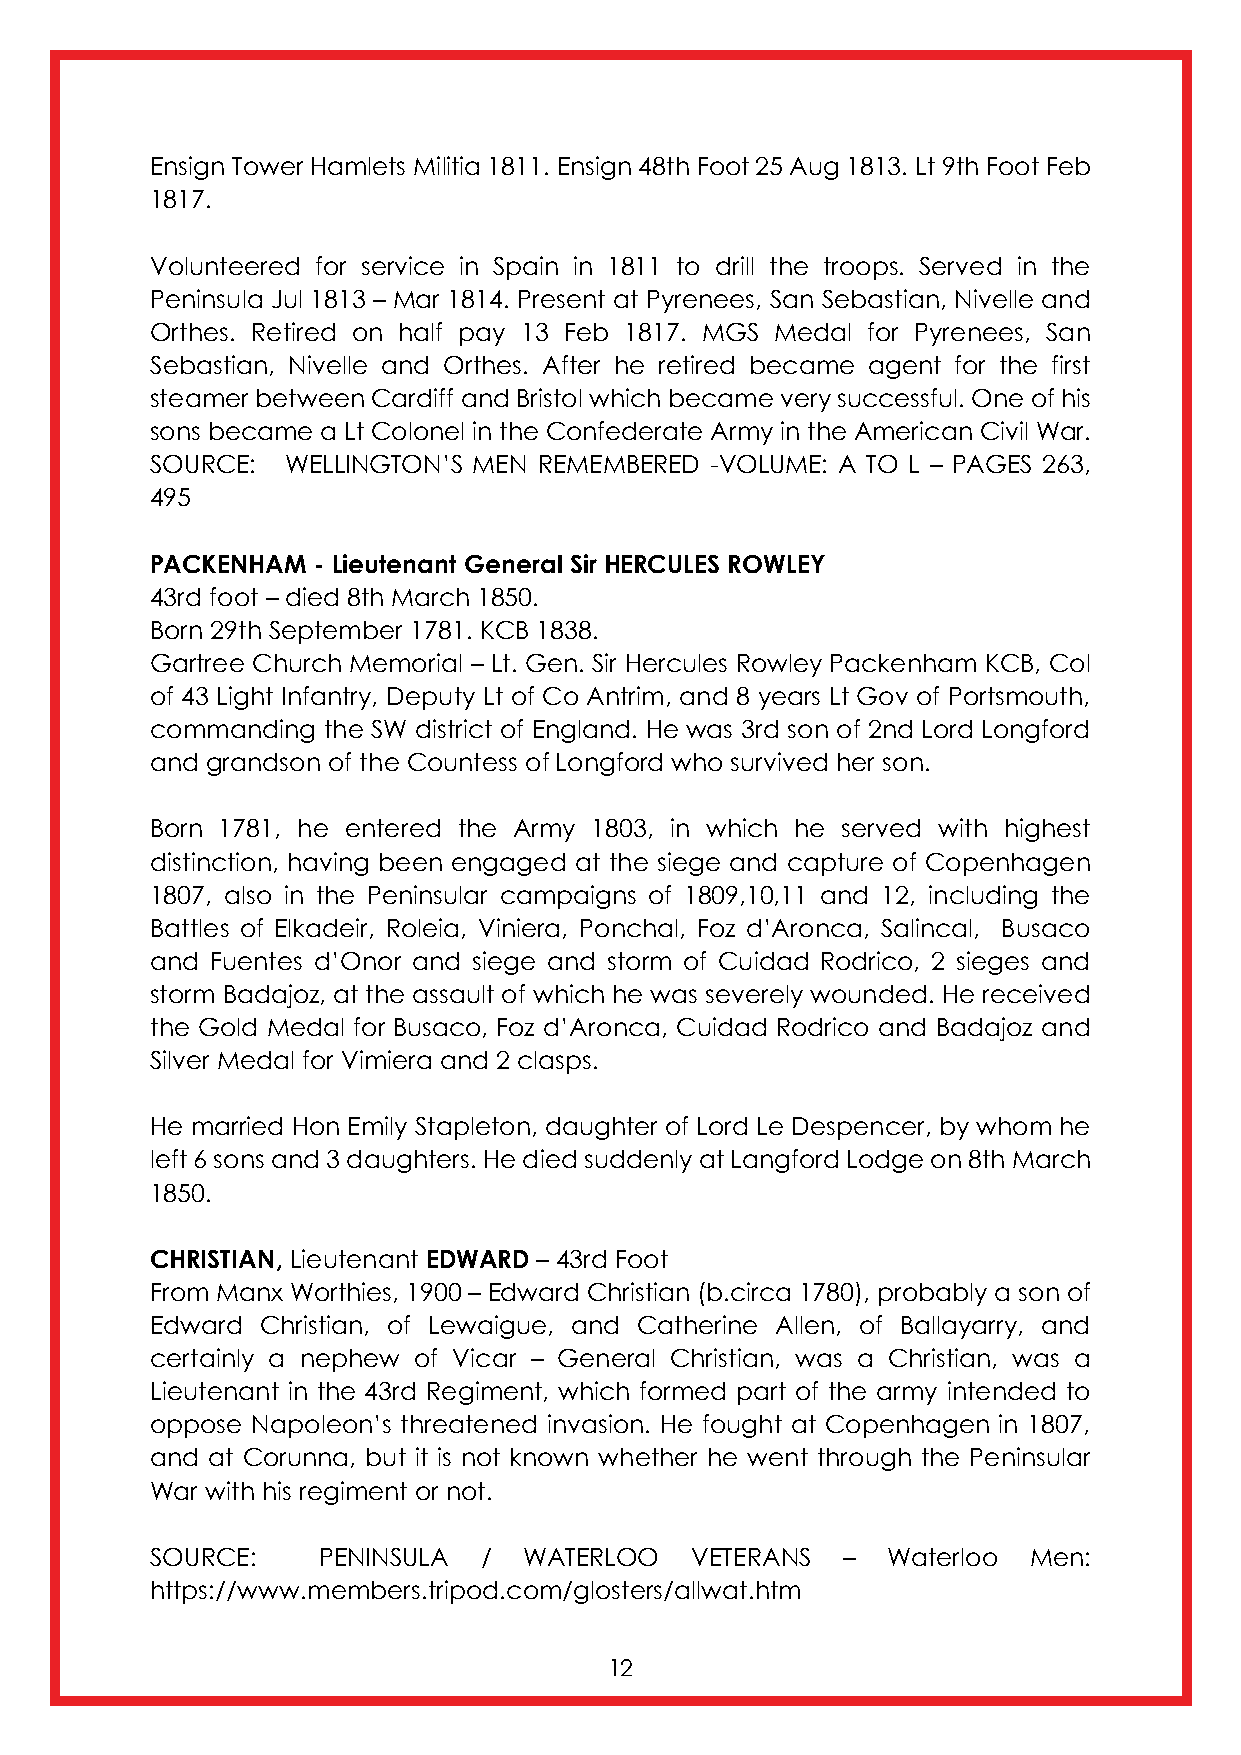
Ensign Tower Hamlets Militia 1811. Ensign 48th Foot 25 Aug 1813. Lt 9th Foot Feb
 1817.
 Volunteered for service in Spain in 1811 to drill the troops. Served in the
 Peninsula Jul 1813 – Mar 1814. Present at Pyrenees, San Sebastian, Nivelle and
 Orthes. Retired on half pay 13 Feb 1817. MGS Medal for Pyrenees, San
 Sebastian, Nivelle and Orthes. After he retired became agent for the first
 steamer between Cardiff and Bristol which became very successful. One of his
 sons became a Lt Colonel in the Confederate Army in the American Civil War.
 SOURCE:  WELLINGTON’S MEN REMEMBERED -VOLUME: A TO L – PAGES 263,
 495
 PACKENHAM  - Lieutenant General Sir HERCULES ROWLEY
 43rd foot – died 8th March 1850.
 Born 29th September 1781. KCB 1838.
 Gartree Church Memorial – Lt. Gen. Sir Hercules Rowley Packenham KCB, Col
 of 43 Light Infantry, Deputy Lt of Co Antrim, and 8 years Lt Gov of Portsmouth,
 commanding the SW district of England. He was 3rd son of 2nd Lord Longford
 and grandson of the Countess of Longford who survived her son.
 Born 1781, he entered the Army 1803, in which he served with highest
 distinction, having been engaged at the siege and capture of Copenhagen
 1807, also in the Peninsular campaigns of 1809,10,11 and 12, including the
 Battles of Elkadeir, Roleia, Viniera, Ponchal, Foz d’Aronca, Salincal, Busaco
 and Fuentes d’Onor and siege and storm of Cuidad Rodrico, 2 sieges and
 storm Badajoz, at the assault of which he was severely wounded. He received
 the Gold Medal for Busaco, Foz d’Aronca, Cuidad Rodrico and Badajoz and
 Silver Medal for Vimiera and 2 clasps.
 He married Hon Emily Stapleton, daughter of Lord Le Despencer, by whom he
 left 6 sons and 3 daughters. He died suddenly at Langford Lodge on 8th March
 1850.
 CHRISTIAN, Lieutenant EDWARD – 43rd Foot
 From Manx Worthies, 1900 – Edward Christian (b.circa 1780), probably a son of
 Edward Christian, of Lewaigue, and Catherine Allen, of Ballayarry, and
 certainly a nephew of Vicar – General Christian, was a Christian, was a
 Lieutenant in the 43rd Regiment, which formed part of the army intended to
 oppose Napoleon’s threatened invasion. He fought at Copenhagen in 1807,
 and at Corunna, but it is not known whether he went through the Peninsular
 War with his regiment or not.
 SOURCE:    PENINSULA  /  WATERLOO   VETERANS  –  Waterloo Men:
 https://www.members.tripod.com/glosters/allwat.htm
 12